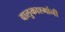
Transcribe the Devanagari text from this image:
वालुकाश्मांनी